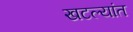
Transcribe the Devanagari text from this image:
खटल्यांत